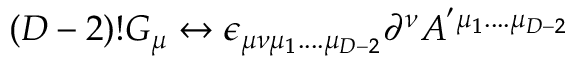
( D - 2 ) ! G _ { \mu } \leftrightarrow \epsilon _ { \mu \nu \mu _ { 1 } . . . . \mu _ { D - 2 } } \partial ^ { \nu } A ^ { ' \mu _ { 1 } . . . . \mu _ { D - 2 } }